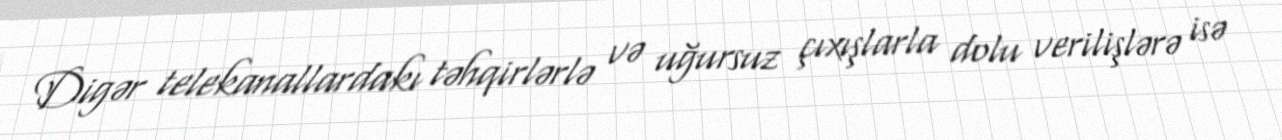
Digər telekanallardakı təhqirlərlə və uğursuz çıxışlarla dolu verilişlərə isə